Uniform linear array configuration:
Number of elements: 24
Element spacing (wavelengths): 0.25
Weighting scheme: hamming
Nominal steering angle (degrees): -60
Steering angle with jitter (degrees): -60.264
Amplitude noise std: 0.05
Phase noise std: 0.05

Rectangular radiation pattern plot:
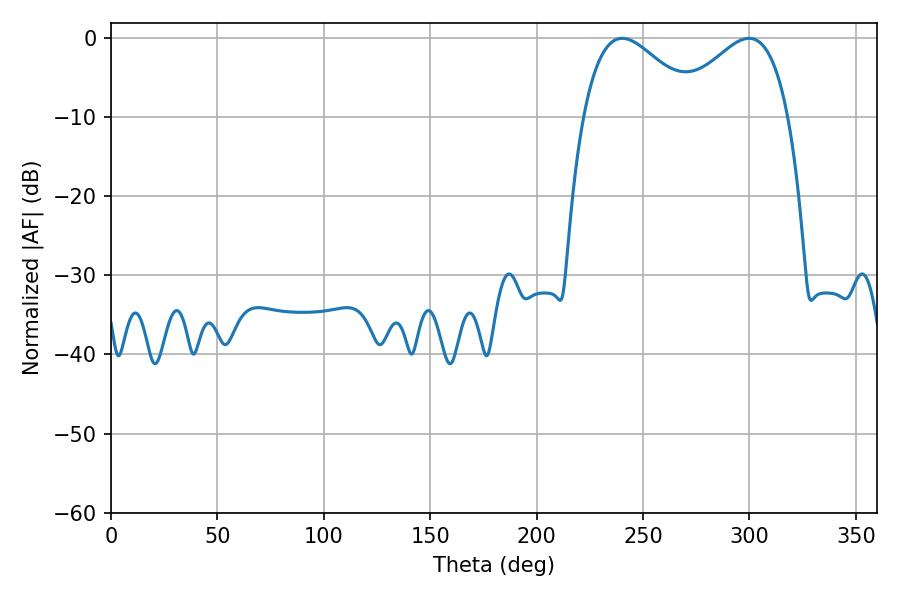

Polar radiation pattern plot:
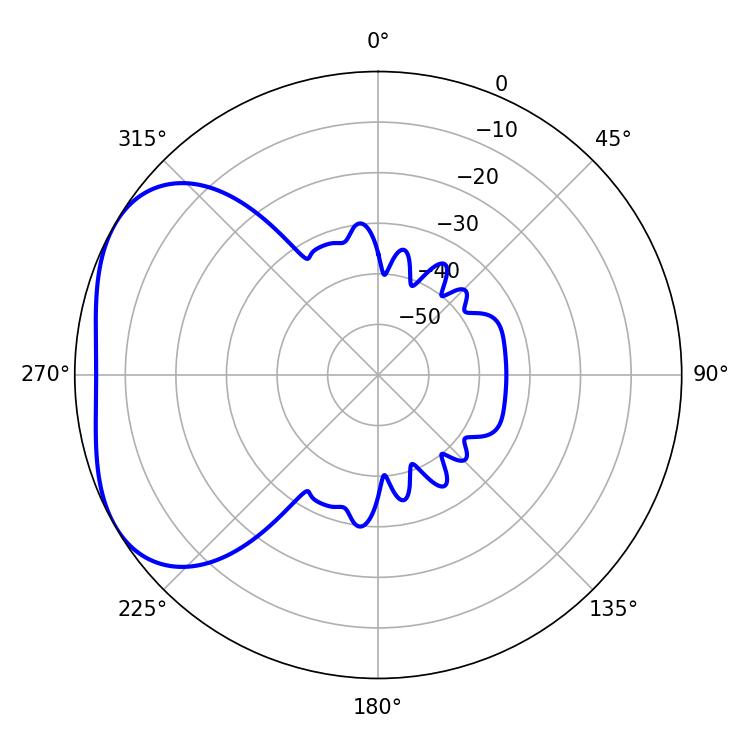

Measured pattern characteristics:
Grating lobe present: FALSE
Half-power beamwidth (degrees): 29.16
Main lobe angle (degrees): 299.88